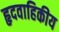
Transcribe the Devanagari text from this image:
हृदवाहिकीय